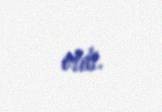
etdi.